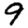
Digit: 9